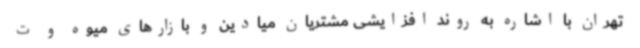
تهران با اشاره به روند افزایشی مشتریان میادین و بازارهای میوه و ت